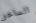
الساخر